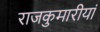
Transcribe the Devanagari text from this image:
राजकुमारीयां